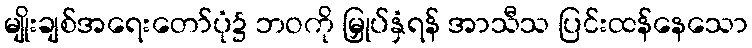
မျိုးချစ်အရေးတော်ပုံ၌ ဘဝကို မြှုပ်နှံရန် အာသီသ ပြင်းထန်နေသော